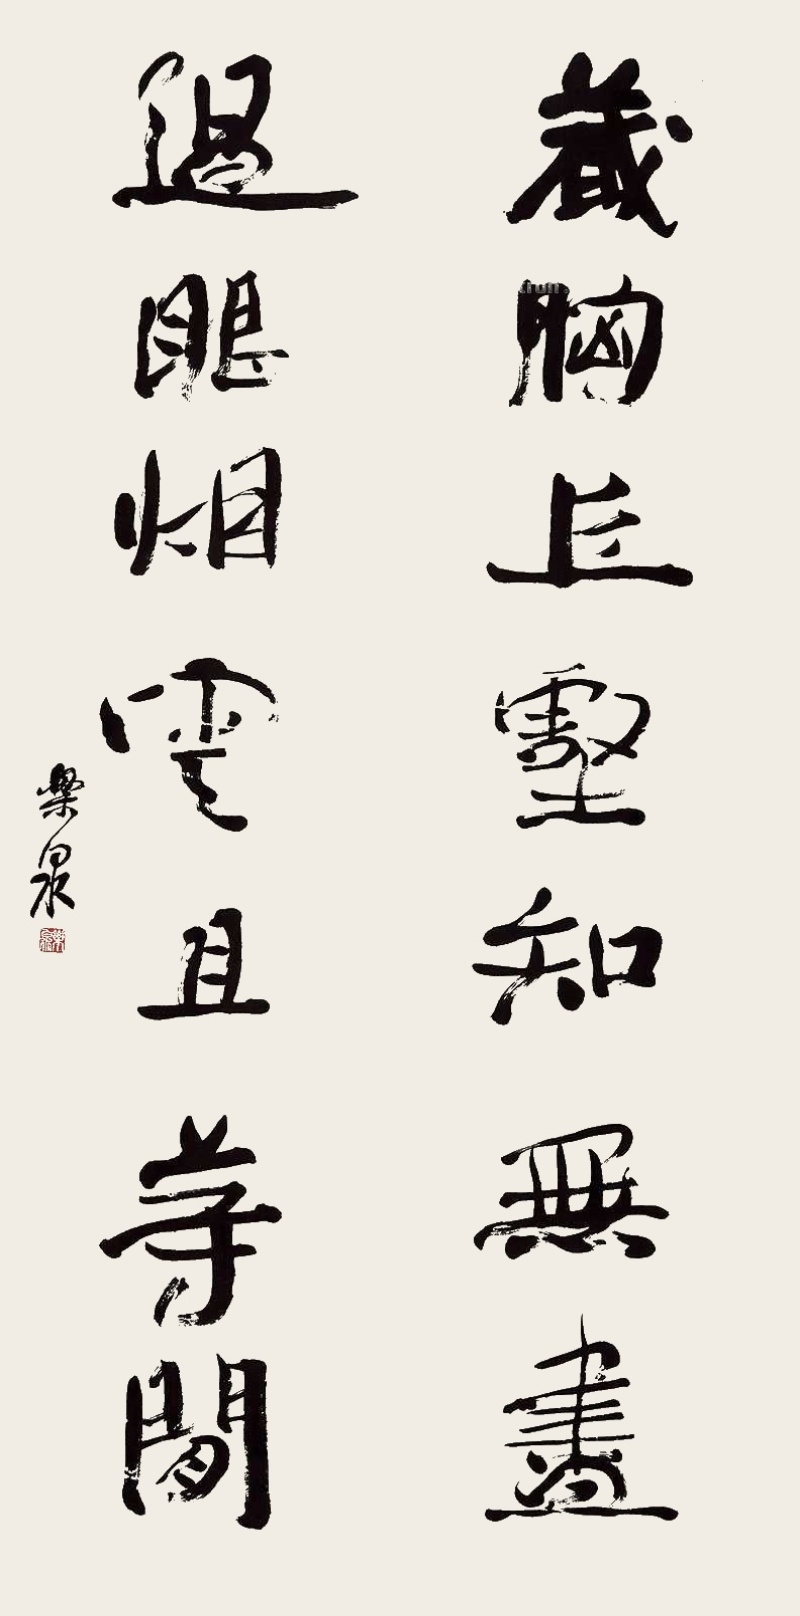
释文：藏胸丘壑知无尽，过眼烟云且等闲。乐泉。